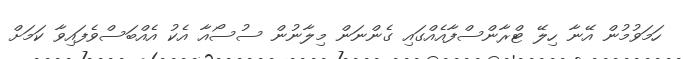
ހަމަވުމުން އޭނާ ހިލޭ ޓްރާންސްފާއެއްގައި ގެންނަން މިލާނުން ސުސޯއާ އެކު އެއްބަސްވެފައިވާ ކަމަށް